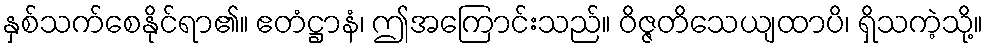
နှစ်သက်စေနိုင်ရာ၏။ ဧတံဋ္ဌာနံ၊ ဤအကြောင်းသည်။ ဝိဇ္ဇတိသေယျထာပိ၊ ရှိသကဲ့သို့။